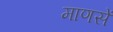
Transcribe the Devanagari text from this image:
माणसें